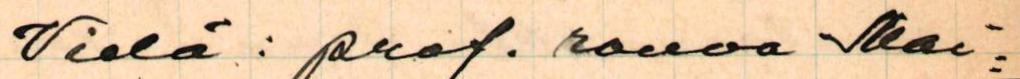
Vielä: prof. rouva Mai=